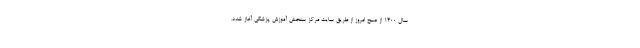
سال ۱۴۰۰ از صبح امروز از طریق سایت مرکز سنجش آموزش پزشکی آغاز شدد.